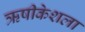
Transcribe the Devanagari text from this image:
ऋषीकेशला